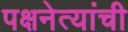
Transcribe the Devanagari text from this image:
पक्षनेत्यांची